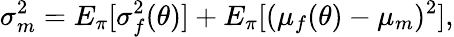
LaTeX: \sigma_{m}^{2}=E_{\pi}[\sigma_{f}^{2}(\theta)]+E_{\pi}[(\mu_{f}(\theta)-\mu_{m})^{2}],